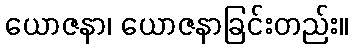
ယောဇနာ၊ ယောဇနာခြင်းတည်း။